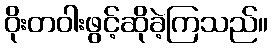
ဝိုးတဝါးဖွင့်ဆိုခဲ့ကြသည်။